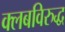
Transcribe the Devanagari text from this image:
क्लबविरुद्ध